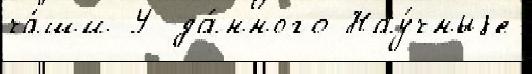
ча́ши У да́нного Нау́чныjе